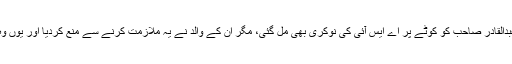
پھر والد کی ریٹائرمنٹ کے بعد عبدالقادر صاحب کو کوٹے پر اے ایس آئی کی نوکری بھی مل گئی، مگر ان کے والد نے یہ ملازمت کرنے سے منع کردیا اور یوں وہ اپنے ہی گاؤں میں استاد بن گئے۔